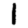
Digit: 1